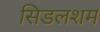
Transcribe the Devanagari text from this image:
सिडलशम